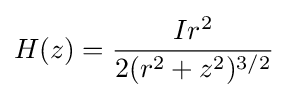
H(z)={\frac {Ir^{2}}{2(r^{2}+z^{2})^{3/2}}}